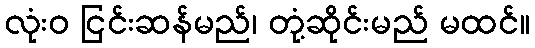
လုံးဝ ငြင်းဆန်မည်၊ တုံ့ဆိုင်းမည် မထင်။